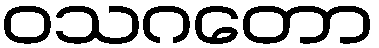
ဝသဂတော